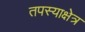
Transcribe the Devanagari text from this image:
तपस्याक्षेत्र